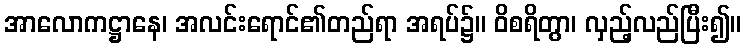
အာလောကဋ္ဌာနေ၊ အလင်းရောင်၏တည်ရာ အရပ်၌။ ဝိစရိတွာ၊ လှည့်လည်ပြီး၍။